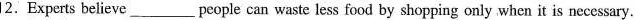
12.Experts believe ___ people can waste less food by shopping only when it is necessary.